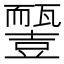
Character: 𧰓